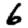
Digit: 6